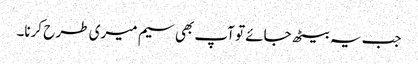
جب یہ بیٹھ جائے تو آپ بھی سیم میری طر ح کرنا۔